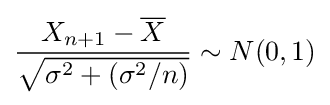
{\frac {X_{n+1}-{\overline {X}}}{\sqrt {\sigma ^{2}+(\sigma ^{2}/n)}}}\sim N(0,1)